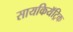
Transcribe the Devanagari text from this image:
सायकियॅट्रिक